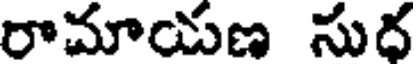
రామాయణ సుద